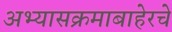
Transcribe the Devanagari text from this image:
अभ्यासक्रमाबाहेरचे